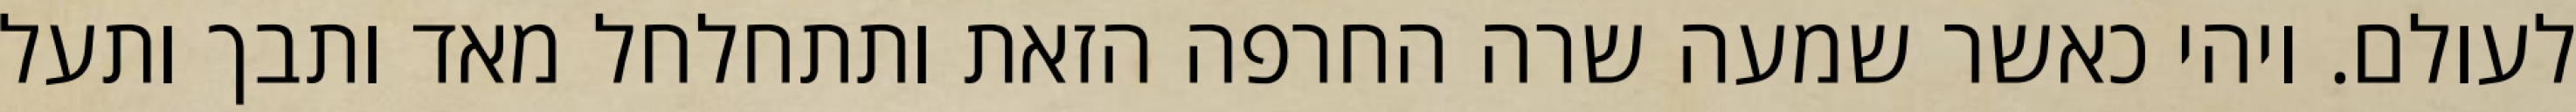
לעולם. ויהי כאשר שמעה שרה החרפה הזאת ותתחלחל מאד ותבך ותעל